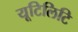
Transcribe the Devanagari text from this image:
यूटिलिटि